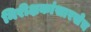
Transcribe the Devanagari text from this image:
निरीक्षकांसारखेच